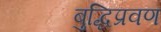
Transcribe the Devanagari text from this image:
बुद्धिप्रवण